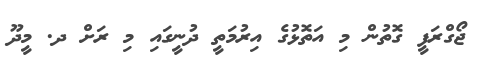
ޖޯގްރަފީ ގޮތުން މި އަތޮޅުގެ އިރުމަތީ ދުނީގައި މި ރަށް ދ. މީދޫ